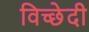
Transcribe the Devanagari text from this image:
विच्छेदी